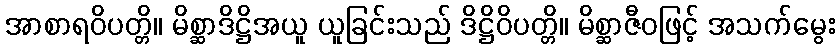
အာစာရဝိပတ္တိ။ မိစ္ဆာဒိဋ္ဌိအယူ ယူခြင်းသည် ဒိဋ္ဌိဝိပတ္တိ။ မိစ္ဆာဇီဝဖြင့် အသက်မွေး